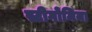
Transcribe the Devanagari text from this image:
स्टीगोमिया